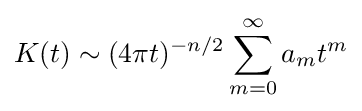
K(t)\sim (4\pi t)^{-n/2}\sum _{m=0}^{\infty }a_{m}t^{m}